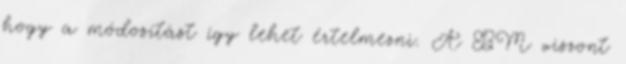
hogy a módosítást így lehet értelmezni. A BM viszont